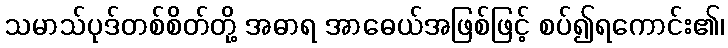
သမာသ်ပုဒ်တစ်စိတ်တို့ အဓာရ အာဓေယ်အဖြစ်ဖြင့် စပ်၍ရကောင်း၏၊